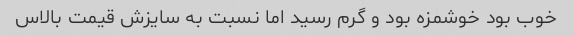
خوب بود خوشمزه بود و گرم رسید اما نسبت به سایزش قیمت بالاس